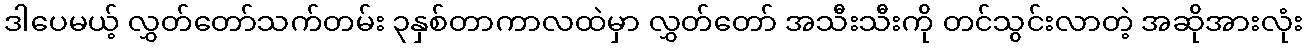
ဒါပေမယ့် လွှတ်တော်သက်တမ်း ၃နှစ်တာကာလထဲမှာ လွှတ်တော် အသီးသီးကို တင်သွင်းလာတဲ့ အဆိုအားလုံး